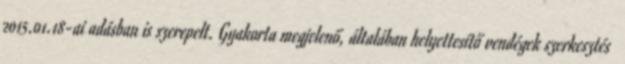
2015.01.18-ai adásban is szerepelt. Gyakorta megjelenő, általában helyettesítő vendégek szerkesztés